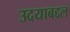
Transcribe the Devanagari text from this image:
उदयाबद्दल